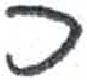
אות: כ